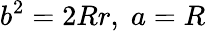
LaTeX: b^{2}=2Rr,\; a=R